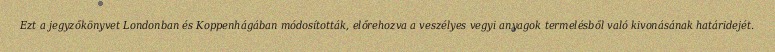
Ezt a jegyzőkönyvet Londonban és Koppenhágában módosították, előrehozva a veszélyes vegyi anyagok termelésből való kivonásának határidejét.